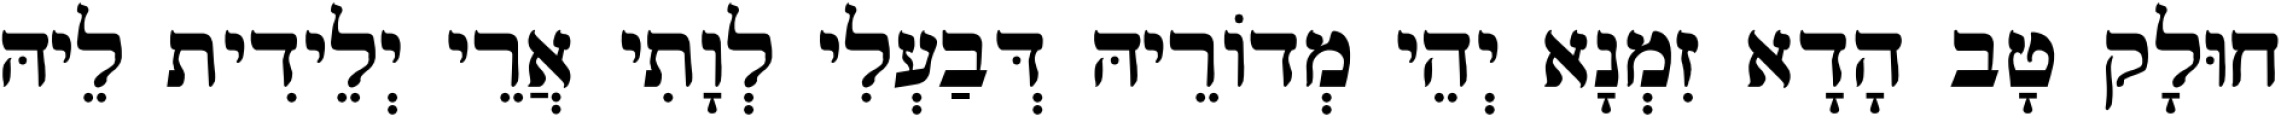
חוּלָק טָב הָדָא זִמְנָא יְהֵי מְדוֹרֵיהּ דְּבַעְלִי לְוָתִי אֲרֵי יְלֵידִית לֵיהּ